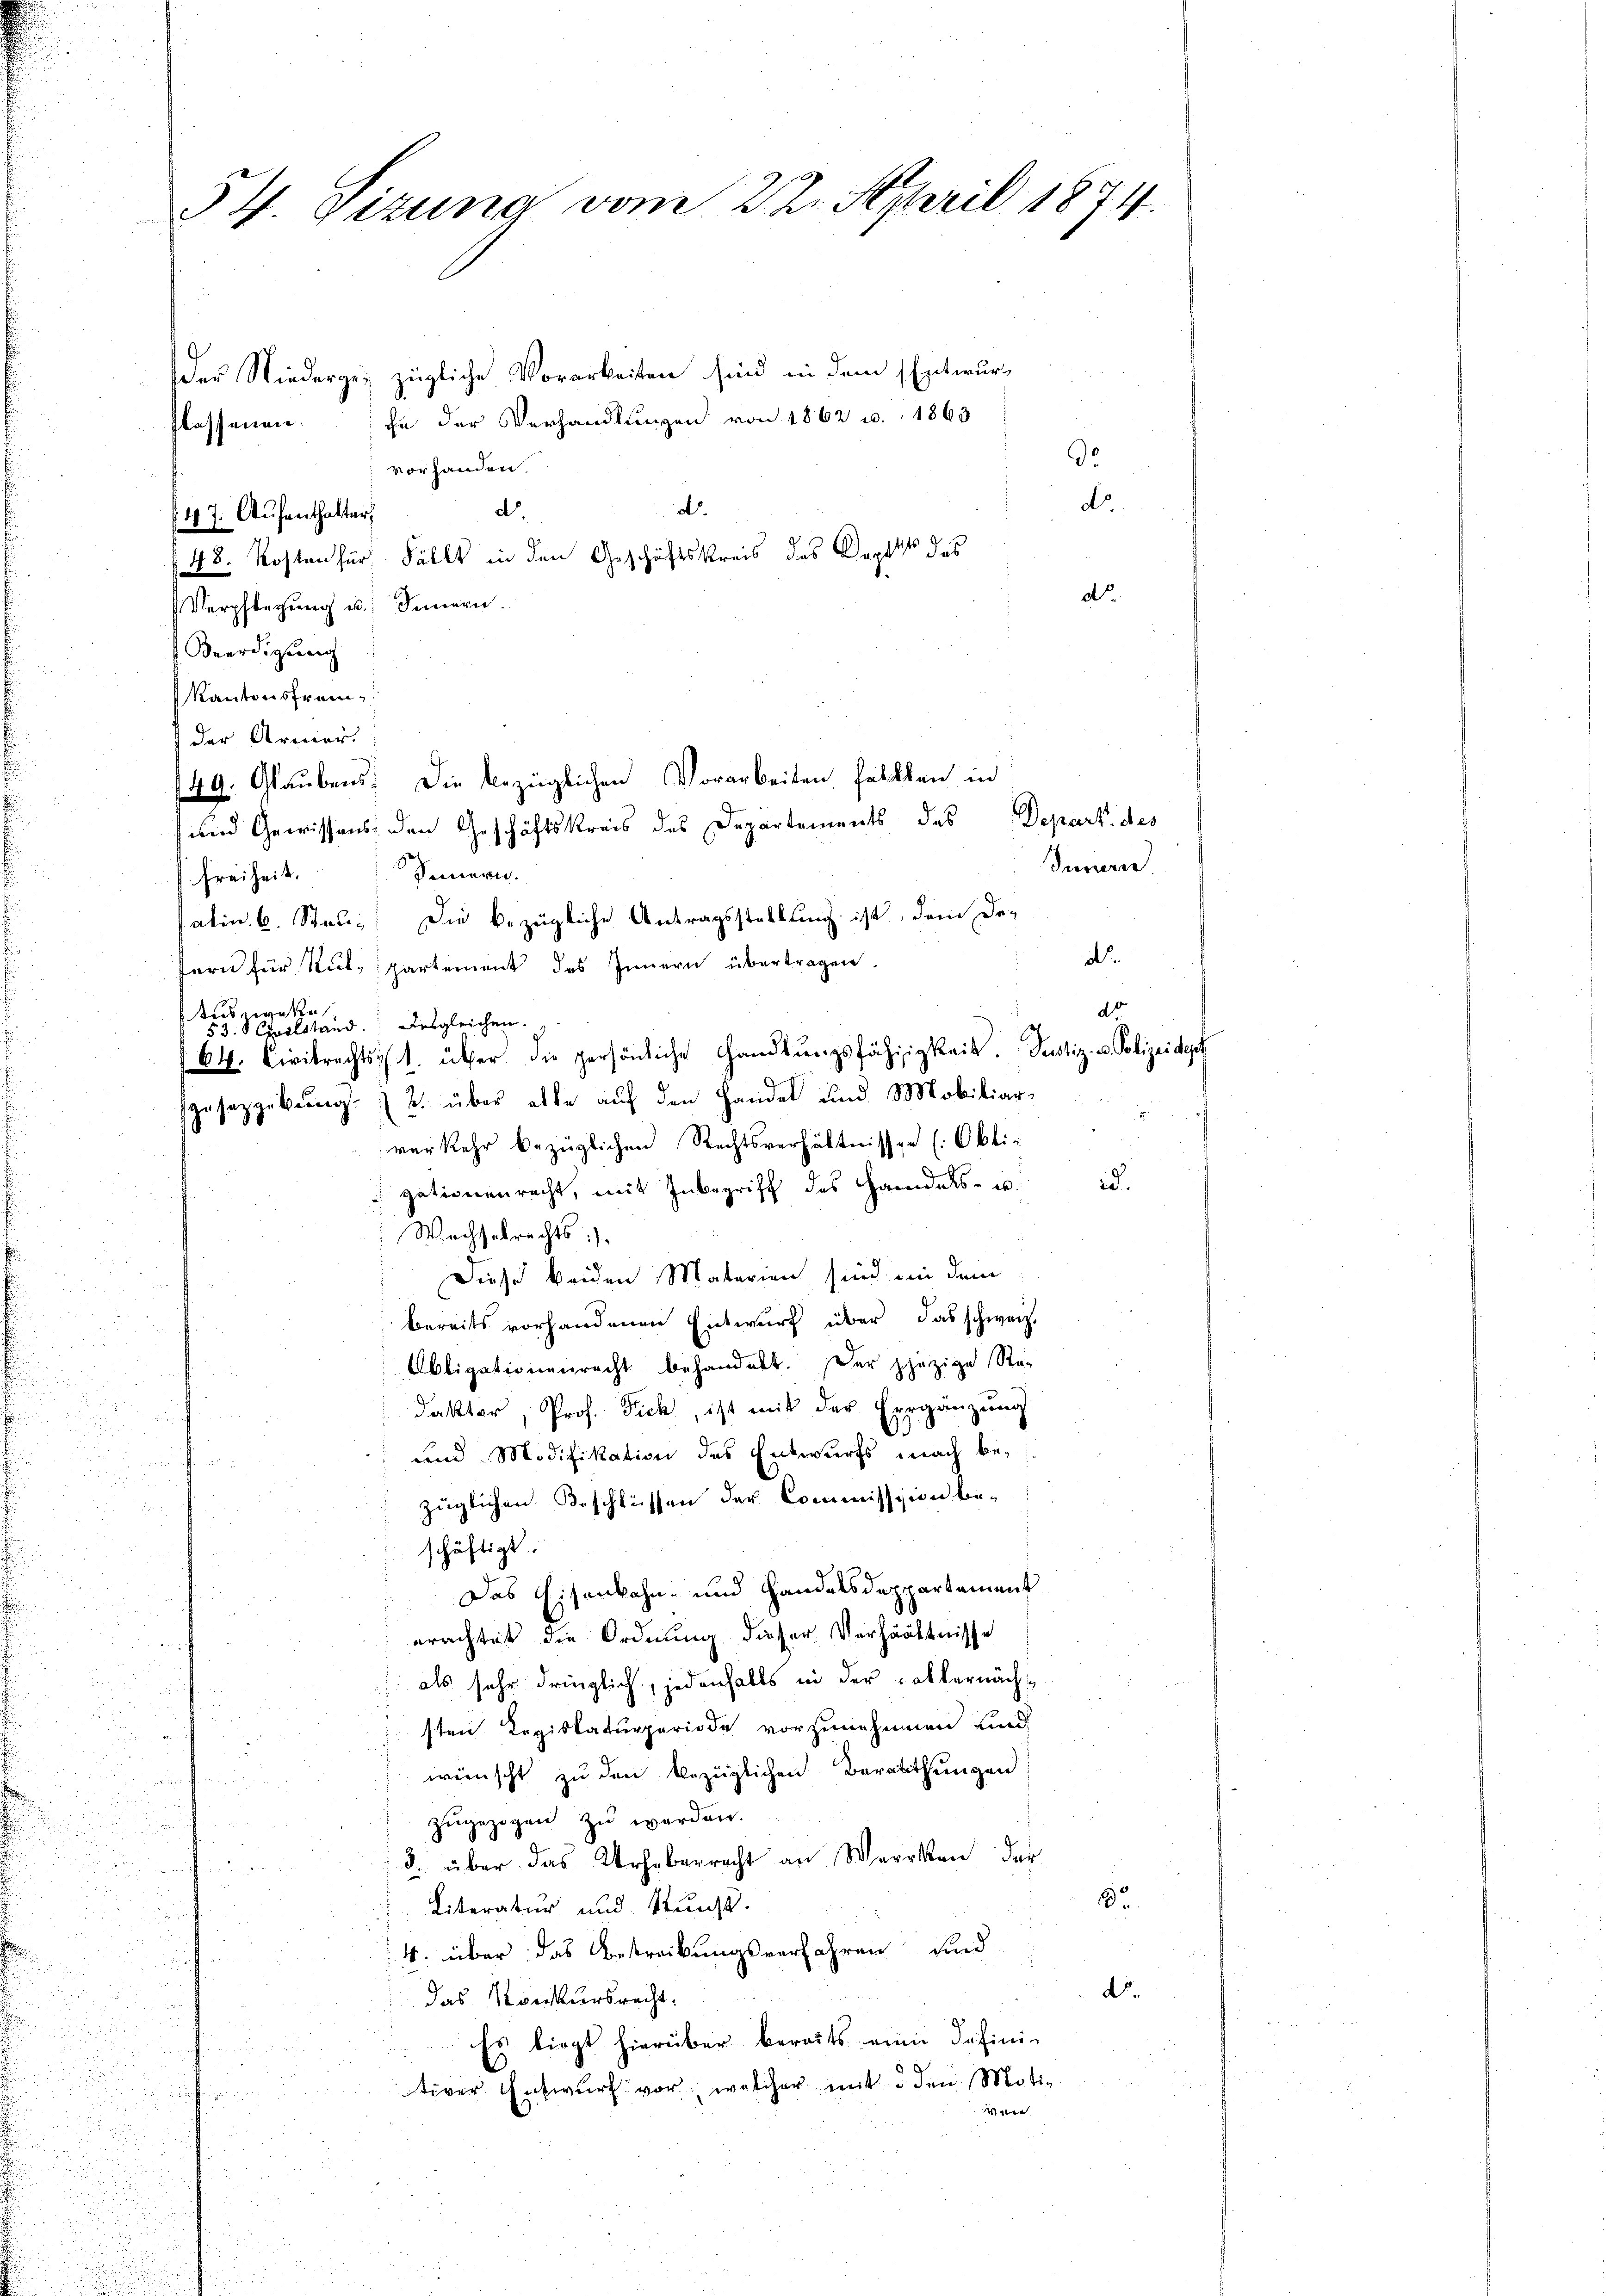
34. Sizung vom 22. April 1874.

der Niederges zügliche Vorarbeiten sind in dem Entwurflossenen in der Verhandlungen von 1862 u. 1863
de
vorhandern.
do.
d
d.
47. Aŭfenthalter,
48. Kosten für Fällt in den Geschäftskreis des Kopftes des
do
Verpflegŭng u. Innern.
Beerdigung
KKantonsfrem
der Armer.
49. Glaubens. Die bezüglichen Vorarbeiten halten in
und Gewissens den Geschäftskreis des Departements des Depart. des
Sennern.
Freiheit.
atin. 6. Staus. Die bezügliche Antragsstellung ist, dem Ded.
fern für Stut, partement des Innern übertragen,
Auswese
53. Carlstand: Desgleichen.
64. Civilrechts ist. über die persönliche Handlŭngsfähigkeit. Justiz- u. Polizeidet
usazgebung u. über alle auf den Handel und Mobiliarverkehr bezüglichen Rechtsverhältnissen (Obli-
id.
gationenrecht, mit Inbegriff des Handels- u.
Wachselrechts:
Diese beiden Materien sind in dem
bereits vorhandenen Entwurf über das schweiz.
Obligationenrecht behandelt. Der phüzige Re-
u
daktor, Prof. Fick, ist mit der Hergänzung
un offe in
und Modifikation des Entwurfs nach bef
züglichen Beschlüssen der Commission be-
schäftigt
Das Eisenbahn- und Handelsdeppartement
erachtet die Ordnung dieser Verhältnisse
als sehr dringlich, jedenfalls in der Kalkernächs
u
sten Regislaturperiode vorzunehmen und

.
wünscht zu den bezüglichen Berathungen
ard in

zŭgezogen zŭ werden.
weiten un
3. über das Urheberrecht an Werken der
hin¬
3.
Literatur und Kunst.
4. über das Bestreibungsverfahren und
D.
das Konkursrecht:
Es liegt hierüber bereits eine Defini-
.
tiver Entwurf vor, welcher mit den Motiaun hieren

Inneren

do